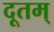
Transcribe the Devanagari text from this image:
दूतम्‌